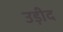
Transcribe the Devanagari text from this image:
उड़ीद